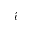
\acute { \iota }